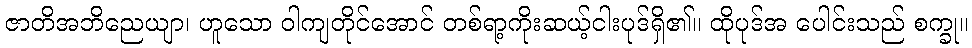
ဇာတိအဘိညေယျာ၊ ဟူသော ဝါကျတိုင်အောင် တစ်ရာ့ကိုးဆယ့်ငါးပုဒ်ရှိ၏။ ထိုပုဒ်အ ပေါင်းသည် စက္ခု။